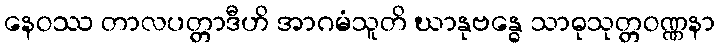
နေဝဿ တာလပတ္တာဒီဟိ အာဂမံသူတိ ဃာနုဗန္ဓေ သာဓုသုတ္တဝဏ္ဏနာ